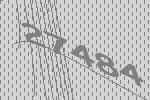
27484